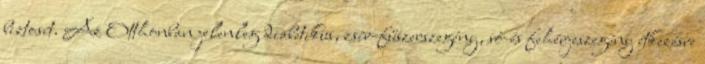
biztosít. Az Otthonban jelenleg diabetikus, zsír-fűszerszegény, só-és fehérjeszegény étkezésre